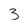
Character: 3